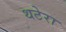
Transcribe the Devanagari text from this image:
थटेरा